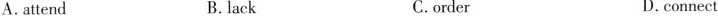
A.attend B.lack C.order D.cpnnect